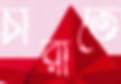
চারাতে